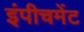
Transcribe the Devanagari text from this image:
इंपीचमेंट